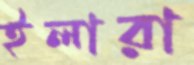
ইলারা